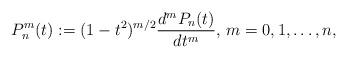
LaTeX: \begin{align*}P_n^m(t):=(1-t^2)^{m/2}\frac{d^mP_n(t)}{dt^m},\,m=0,1,\ldots,n,\end{align*}